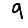
Digit: 9